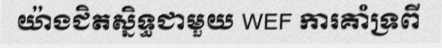
យ៉ាងជិតស្និទ្ធជាមួយ WEF ការគាំទ្រពី